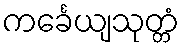
ကင်္ခေယျသုတ္တံ